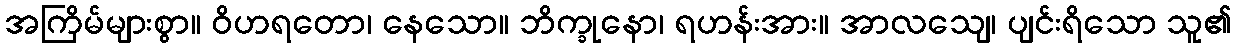
အကြိမ်များစွာ။ ဝိဟရတော၊ နေသော။ ဘိက္ခုနော၊ ရဟန်းအား။ အာလသျေ၊ ပျင်းရိသော သူ၏